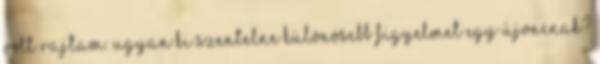
volt rajtam. Ugyan ki szentelne különösebb figyelmet egy újoncnak?